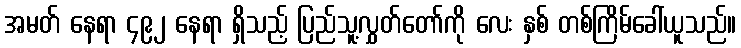
အမတ် နေရာ ၄၉၂ နေရာ ရှိသည့် ပြည်သူ့လွှတ်တော်ကို လေး နှစ် တစ်ကြိမ်ခေါ်ယူသည်။